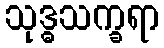
သုဒ္ဓသက္ခရာ